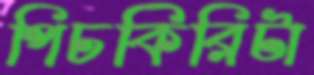
পিচকিরিটা